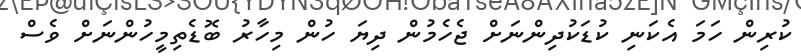
ކުރިން ހަމަ އެކަނި ކުޑަކުދިންނަށް ޖެހެމުން ދިޔަ ހުން މިހާރު ބޮޑެތިމީހުންނަށް ވެސް